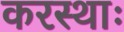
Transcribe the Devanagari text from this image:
करस्थाः